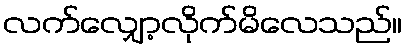
လက်လျှော့လိုက်မိလေသည်။